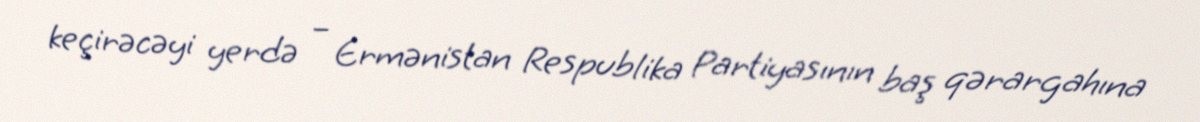
keçirəcəyi yerdə – Ermənistan Respublika Partiyasının baş qərargahına